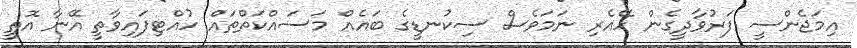
އިމަޖެންސީ ފަރުވާދީގެން ހޭއެރި ނަމަވެސް ސިކުނޑީގެ ބައެއް މަސައްކަތްތައް ހުއްޓިފައިވާތީ އޭނާ އޮތީ